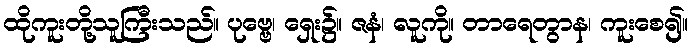
ထိုကူးတို့သူကြီးသည်။ ပုဗ္ဗေ၊ ရှေး၌။ ဇနံ၊ လူကို။ တာရေတွာန၊ ကူးစေ၍။